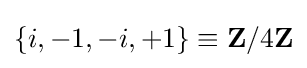
\{i,-1,-i,+1\}\equiv \mathbf {Z} /4\mathbf {Z}